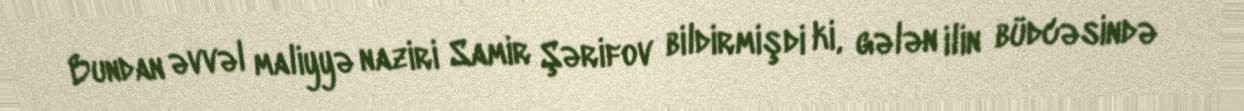
Bundan əvvəl maliyyə naziri Samir Şərifov bildirmişdi ki, gələn ilin büdcəsində